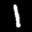
Label: 1